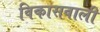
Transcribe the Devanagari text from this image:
विकासवाली